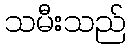
သမီးသည်